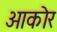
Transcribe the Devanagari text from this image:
आकोर